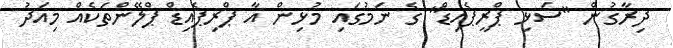
ދިރާގުން "ސަޅި ޕްރީޕެއިޑް" ގެ ނަމުގައި މުޅިން އާ ޕްރިޕެއިޑް ޕްލޭންތަކެއް މިއަދު